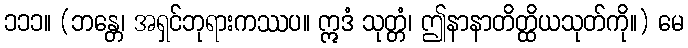
၁၁၁။ (ဘန္တေ၊ အရှင်ဘုရားကဿပ။ ဣဒံ သုတ္တံ၊ ဤနာနာတိတ္ထိယသုတ်ကို။) မေ